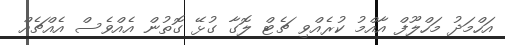
އަހްމަދު މަހްލޫފް އާއްމު ކުރެއްވި ޗެޓް ލޮގާ ގުޅޭ ގޮތުން އެއްވެސް އެއްޗެއް